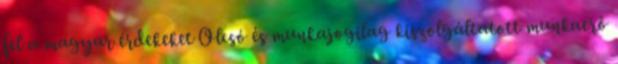
fel a magyar érdekeket Olcsó és munkajogilag kiszolgáltatott munkaerő